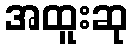
အထူးဆု